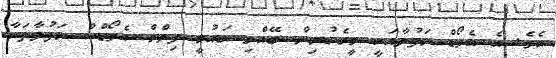
އެވެ. އެ އެވޯޑް ހަފުލާއަކީ މީގެކުރިން ބޭއްވި ގައުމީ ފިލްމް އެވޯޑްސް ހަފުލާތަކާ